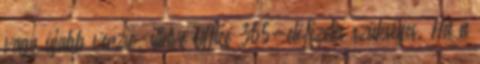
vagy újabb verzió, illetve Office 365-előfizetés szükséges. Ha a